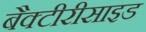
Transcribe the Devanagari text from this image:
बैक्टीरीसाइड